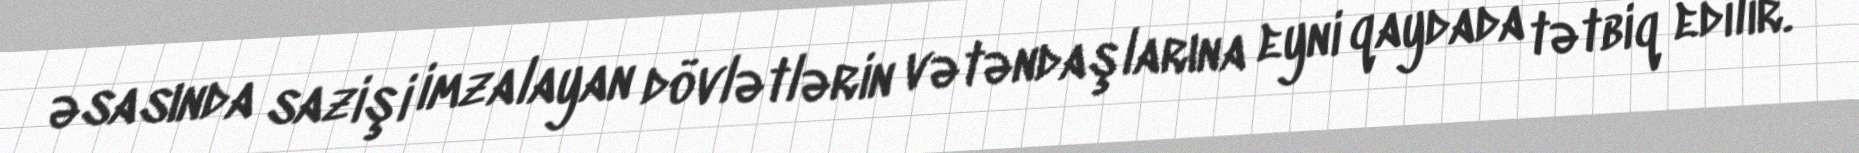
əsasında sazişi imzalayan dövlətlərin vətəndaşlarına eyni qaydada tətbiq edilir.